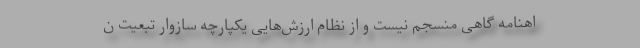
اهنامه گاهی منسجم نیست و از نظام ارزش‌هایی یکپارچه سازوار تبعیت ن